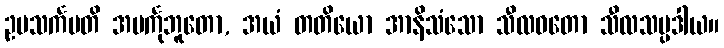
ဥပသင်္ကမတိ အမင်္ကုဘူတော, အယံ တတိယော အာနိသံသော သီလဝတော သီလသမ္ပဒါယ။